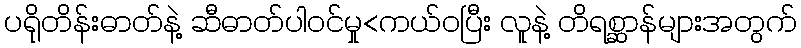
ပရိုတိန်းဓာတ်နဲ့ ဆီဓာတ်ပါဝင်မှု<ကယ်ဝပြီး လူနဲ့ တိရစ္ဆာန်များအတွက်